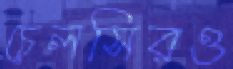
চেলসিরও